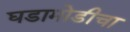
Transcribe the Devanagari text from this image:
घडामोडीचा